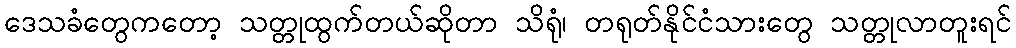
ဒေသခံတွေကတော့ သတ္တုထွက်တယ်ဆိုတာ သိရုံ၊ တရုတ်နိုင်ငံသားတွေ သတ္တုလာတူးရင်